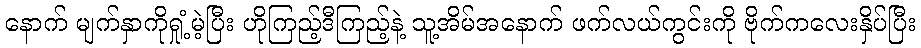
နောက် မျက်နှာကိုရှုံ့မဲ့ပြီး ဟိုကြည့်ဒီကြည့်နဲ့ သူ့အိမ်အနောက် ဖက်လယ်ကွင်းကို ဗိုက်ကလေးနှိပ်ပြီး